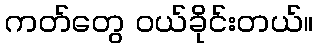
ကတ်တွေ ဝယ်ခိုင်းတယ်။